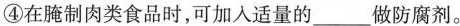
④在腌制肉类食品时，可加入适量的___做防腐剂。